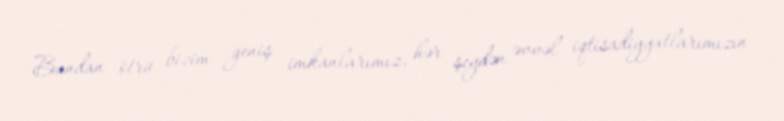
Bundan ötrü bizim geniş imkanlarımız, hər şeydən əvvəl iqtisadiyyatlarımızın